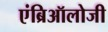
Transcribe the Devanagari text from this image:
एंब्रिऑलोजी